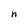
Character: n